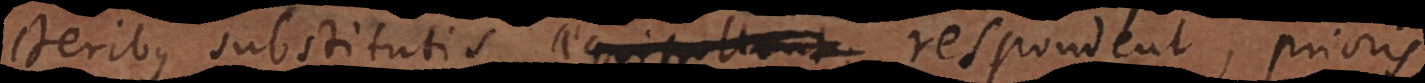
cteribus substitutis aequipollent, respondent, prioris